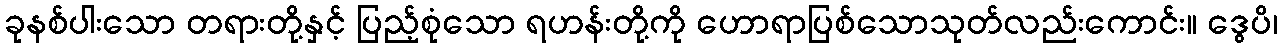
ခုနစ်ပါးသော တရားတို့နှင့် ပြည့်စုံသော ရဟန်းတို့ကို ဟောရာပြစ်သောသုတ်လည်းကောင်း။ ဒွေပိ၊